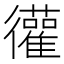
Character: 𫹩